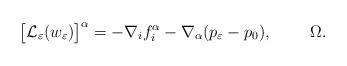
LaTeX: \begin{align*} \big[\mathcal{L}_\varepsilon(w_\varepsilon)\big]^\alpha = -\nabla_if_i^\alpha- \nabla_\alpha(p_\varepsilon - p_0), \qquad~\Omega.\end{align*}